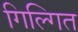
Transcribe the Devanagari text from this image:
गिल्गित